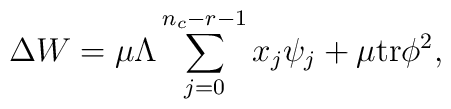
\Delta W = \mu \Lambda \sum_{j=0}^{n_{c}-r-1} x_{j} \psi_{j}		+ \mu {\rm tr}\phi^{2},